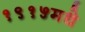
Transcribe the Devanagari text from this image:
१९१५मधे